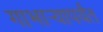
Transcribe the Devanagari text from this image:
गाभार्‍यापर्यंत